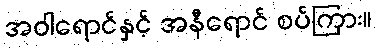
အဝါရောင်နှင့် အနီရောင် စပ်ကြား။